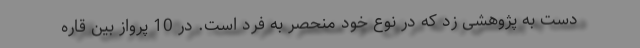
دست به پژوهشی زد که در نوع خود منحصر به فرد است. در 10 پرواز بین قاره